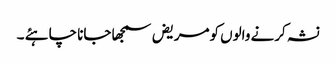
نشہ کرنے والوں کومریض سمجھا جانا چاہئے ۔